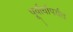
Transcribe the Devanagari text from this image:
पूर्वार्धापर्यंत